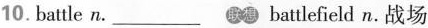
10. battle n. ___ battlefield n.战场